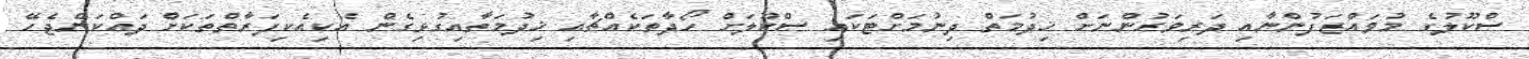
ސްކޫލުގެ މުވައްޒަފުންނާއި ދަރިވަރުންނަށް ޚިދުމަތް ދިނުމަށްޓަކައި ސްކޫލަށް ހޯދާތަކެއްޗާއި ޚިދުމަތާއިގުޅިގެން އެކިއެކިފަރާތްތަކަށް ދައްކަންޖެހޭ